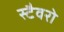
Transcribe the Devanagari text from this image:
स्टैवरो